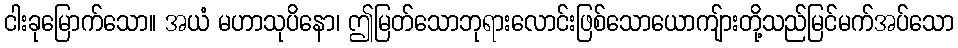
ငါးခုမြောက်သော။ အယံ မဟာသုပိနော၊ ဤမြတ်သောဘုရားလောင်းဖြစ်သောယောကျ်ားတို့သည်မြင်မက်အပ်သော